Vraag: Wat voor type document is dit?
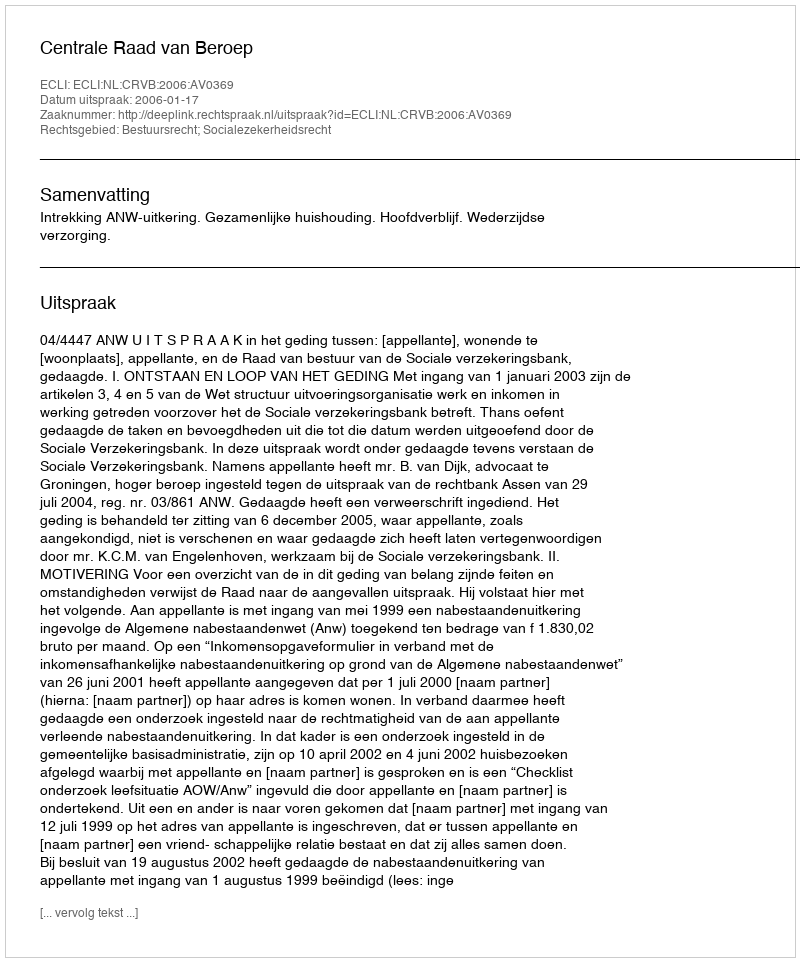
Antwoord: Uitspraak